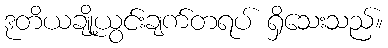
ဒုတိယချို့ယွင်းချက်တရပ် ရှိသေးသည်။